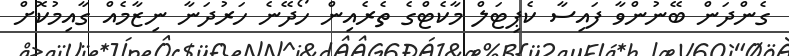
ގެންދަން ބޭނުންވާ ފައިސާ ކެޕިޓަލް މާކެޓްގެ ތެރެއިން ހޯދޭނެ ހަރުދަނާ ނިޒާމެއް ގާއިމުކޮށް